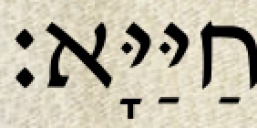
חַיַּיָּא׃